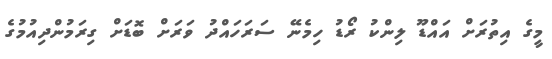
މީގެ އިތުރަށް އައްޑޫ ލިންކު ރޯޑު ހިމެނޭ ސަރަހައްދު ވަރަށް ބޮޑަށް ގިރަމުންދިއުމުގެ